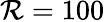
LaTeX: \mathcal{R}=100